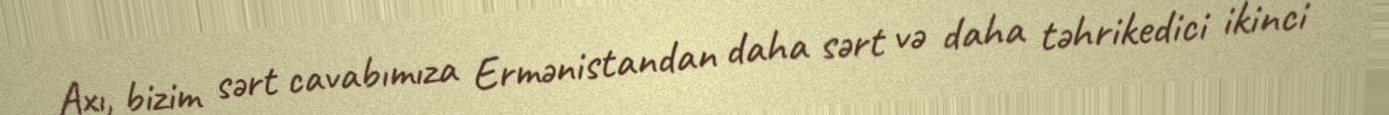
Axı, bizim sərt cavabımıza Ermənistandan daha sərt və daha təhrikedici ikinci